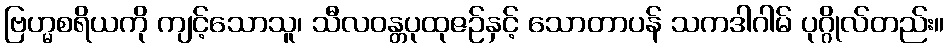
ဗြဟ္မစရိယကို ကျင့်သောသူ၊ သီလဝန္တပုထုဇဉ်နှင့် သောတာပန် သကဒါဂါမ် ပုဂ္ဂိုလ်တည်း။